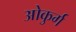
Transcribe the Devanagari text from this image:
ओकुर्ग